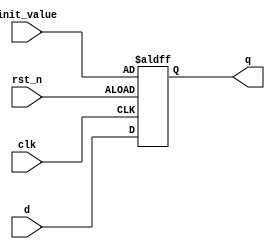
//fpga4student.com: FPga projects, Verilog projects, VHDL projects
// Verilog code for Flip Flop
module D_FF (q, d, rst_n, clk,init_value);  
 output q;  //fpga4student.com: FPga projects, Verilog projects, VHDL projects
 input d, rst_n, clk,init_value;  
 reg q; // Indicate that q is stateholding  
 always @(posedge clk or negedge rst_n)  
 if (~rst_n)  
 q <= init_value;     // On reset, set to 0  
 else  
 q <= d; // Otherwise out = d   

 endmodule